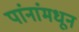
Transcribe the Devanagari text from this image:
पांनांमधून